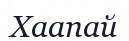
Хаапай